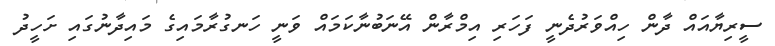
ސީރިޔާއައް ދާން ހިއްވަރުދެނީ ފަހަރި އިމްރާން އޭނަބުނާކަމައް ވަނީ ހަނގުރާމައިގެ މައިދާނުގައި ށަހީދު